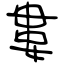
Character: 婁